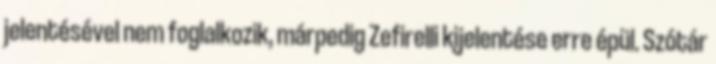
jelentésével nem foglalkozik, márpedig Zefirelli kijelentése erre épül. Szótár